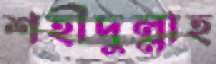
শহীদুল্লাহ